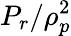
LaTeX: P_{r}/\rho_{p}^{2}